Lock hospitals Punjab
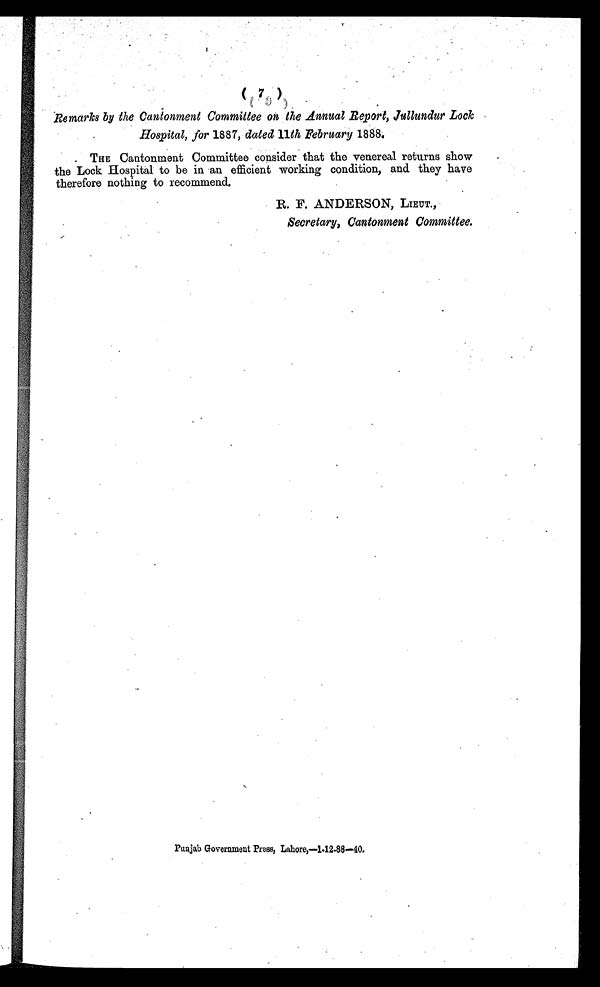
Remarks by the Cantonment Committee on the Annual Report, Jullundur Lock
Hospital, for 1887, dated 11th February 1888.
THE Cantonment Committee consider that the venereal returns show
the Lock Hospital to be in an efficient working condition, and they have
therefore nothing to recommend.
R. F. ANDERSON, LIEUT.,
Secretary, Cantonment Committee.
Punjab Government Press, Lahore,—1-12-88—40.